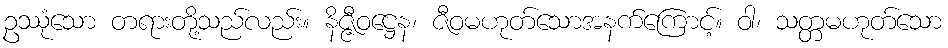
ဥဿုံသော တရားတို့သည်လည်း။ နိဇ္ဇီဝဋ္ဌေန၊ ဇီဝမဟုတ်သောအနက်ကြောင့်။ ဝါ၊ သတ္တမဟုတ်သော